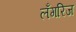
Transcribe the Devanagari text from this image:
लँगरिज